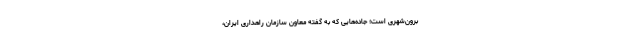
برون‌شهری است؛ جاده‌هایی که به‌ گفته معاون سازمان راهداری ایران،